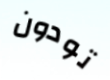
تودون